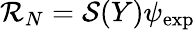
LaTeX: \mathcal{R}_{N}=\mathcal{S}(Y)\psi_{\mathrm{exp}}